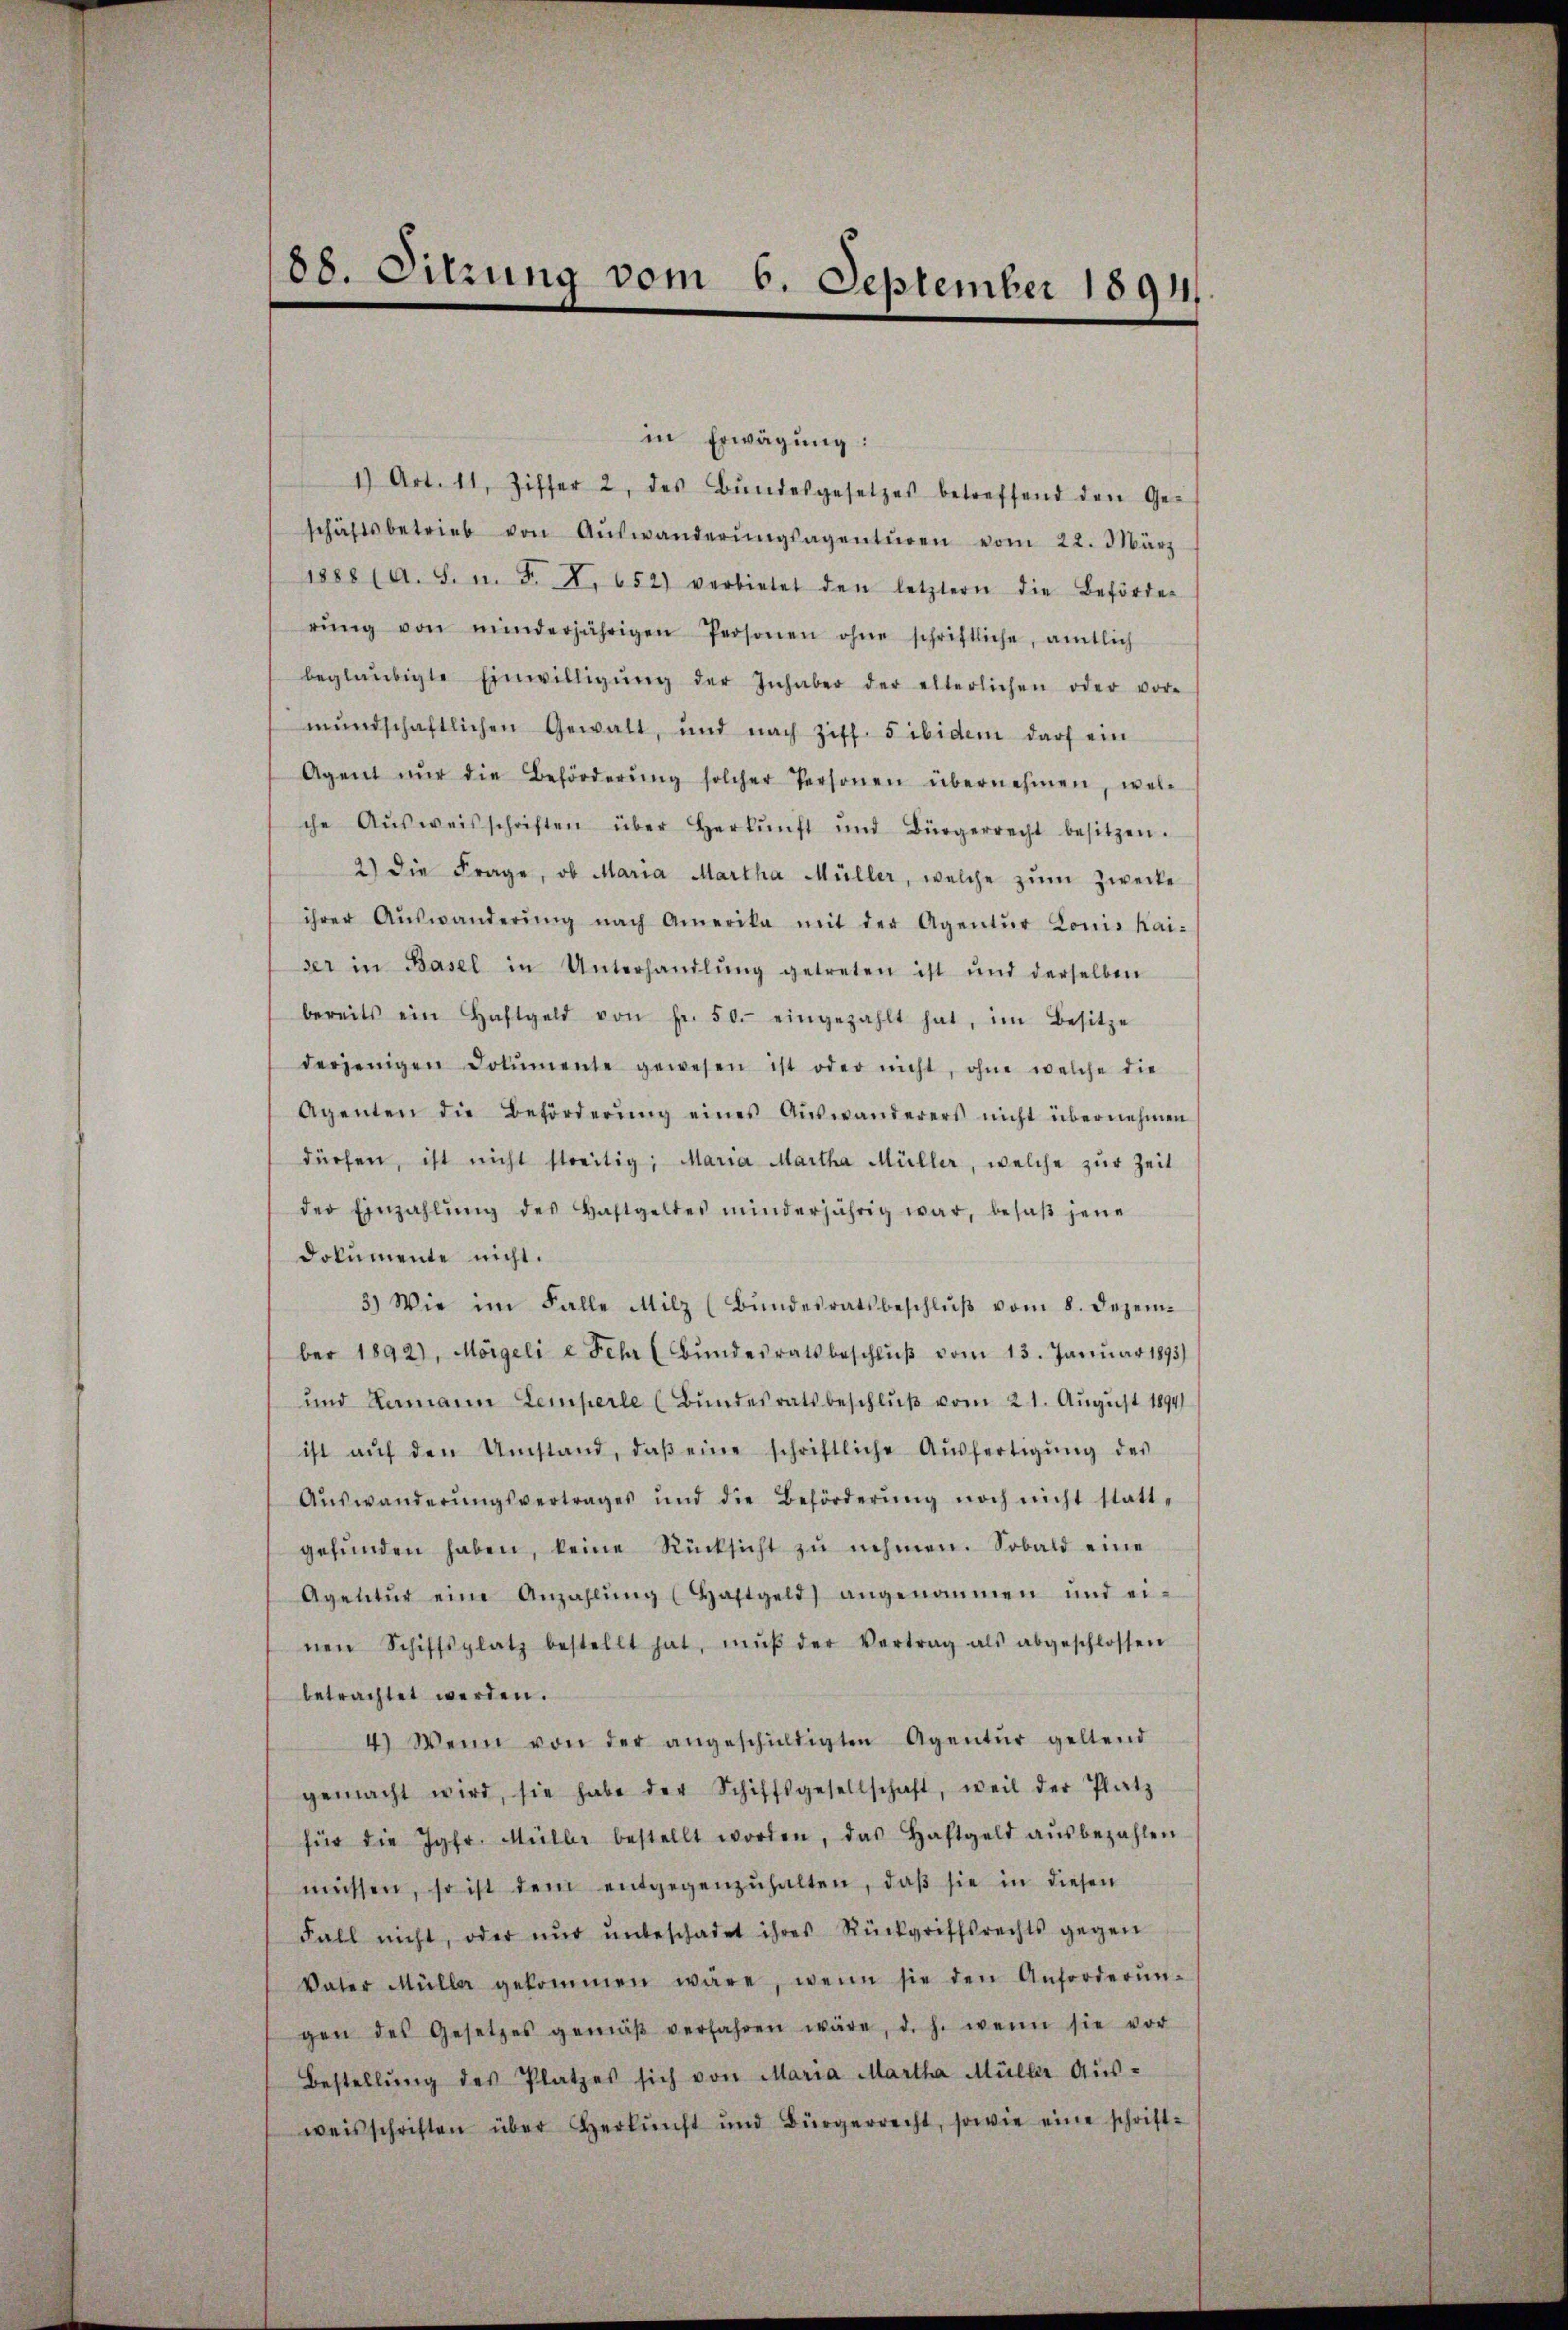
in Erwägung:
1) Art. 11, Ziffer 2, des Bŭndesgesetzes betreffend den Ge-
schäftsbetrieb von Aŭswanderŭngsagentŭren vom 22. März
s88 (a. S. n. F. X. 652) verbietet den letztern die Beförder
rŭng von minderjährigen Personen ohne schriftliche, amtlich
beglaubigte Einwilligŭng der Inhaber der elterlichen oder vor-
mŭndschaftlichen Gewalt, und nach Ziff. 5 ibidem darf ein
Agent nŭr die Beförderŭng solcher Personen übernehmen, wel-
che Aŭsweisschriften über Herkŭnft und Bürgerrecht besitzen.
2) die Frage, ob Maria Martha Müller, welche zum Zwecke
ihrer Aŭswanderŭng nach Amerika mit der Agentŭr Louis Kai-
ser in Basel in Unterhandlŭng getreten ist und derselben
bereits ein Haftgeld von Fr. 50. eingezahlt hat, im Besitze
derjenigen Dokumente gewesen ist oder nicht, ohne welche die
Agenten die Beförderŭng eines Aŭswanderers nicht übernehmen
dürfen, ist nicht streitig, Maria Martha Müller, welche zŭr Zeit
der Einzahlŭng des Haftgeltes minderjährig war, besaβ jene
dokumente nicht.
3.) Wie im Falle Milz (Bŭndesratsbeschlŭβ vom 8. Dezem-
ber 1892), Morgeli e Fehr (Bŭndesratsbeschlŭβ vom 13. Janŭar 1893)
und Ramann Lemperle (Bundesratsbeschlŭβ vom 21. August 1894
ist aŭf den Umstand, daβ eine schriftliche Aŭsfertigŭng des
Aŭswanderŭngsvertrages und die Beförderŭng noch nicht statt-
gefŭnden haben, keine Rücksicht zŭ nehmen. Sobald eine
Agelitŭr eine Anzahlŭng (Haftgeld) angenommen und ei-
nen Schiffsplatz bestellt hat, mŭβ der Vertrag als abgeschlossen
betrachtet werden.
4) Wenn von der angeschŭldigten Agentŭr geltend
gemacht wird, sie habe der Schiffsgesellschaft, weil der Platz
für die Jgfr. Müller bestellt worden, das Haftgeld aŭsbezahlen
müssen, so ist dem entgegenzŭhalten, daβ sie in diesen
Fall nicht, oder nŭr ŭnbeschadet ihres Rückgriffsrechts gegen
Vater Mülle gekommen wäre, wenn sie den Anforderŭn-
gen des Gesetzes gemäβ verfahren wäre, d. h. wenn sie vor
Bestellŭng des Platzes sich von Maria Martha Müller Ausweisschriften über Herkŭnft und Bürgerrecht, sowie eine schrift-

188. Sitzung vom 6. September 1891.